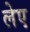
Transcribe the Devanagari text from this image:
लेए